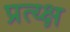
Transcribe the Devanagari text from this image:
प्रत्य्क्ष